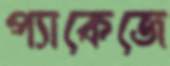
প্যাকেজে